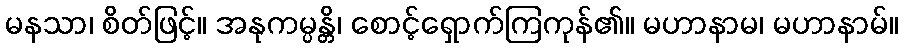
မနသာ၊ စိတ်ဖြင့်။ အနုကမ္ပန္တိ၊ စောင့်ရှောက်ကြကုန်၏။ မဟာနာမ၊ မဟာနာမ်။